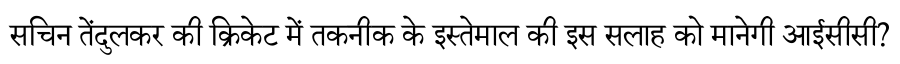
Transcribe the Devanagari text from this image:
सचिन तेंदुलकर की क्रिकेट में तकनीक के इस्तेमाल की इस सलाह को मानेगी आईसीसी?